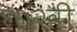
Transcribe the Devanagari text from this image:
१०२वी